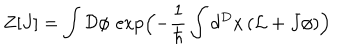
Z [ J ] = \int { \cal D } \phi \, \exp \Bigl ( - \frac { 1 } { \hbar } \int d ^ { D } x \, ( { \cal L } + J \phi ) \Bigr )